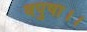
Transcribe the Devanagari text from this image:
वपुषा।।